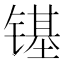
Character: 𮸞